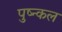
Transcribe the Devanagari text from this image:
पुष्न्कल